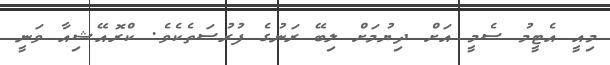
މިއީ އެޓީމު ސެމީ އަށް ދިޔުމަށް ލިބޭ ރަނުގެ ފުރުސަތެކެވެ. ކްރޮއޭޝިއާ ވަނީ